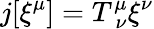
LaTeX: j[\xi^{\mu}]=T_{\: \nu}^{\mu}\xi^{\nu}